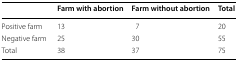
<table><thead><tr><td></td><td><b>Farm with abortion</b></td><td><b>Farm without abortion</b></td><td><b>Total</b></td></tr></thead><tbody><tr><td>Positive farm</td><td>13</td><td>7</td><td>20</td></tr><tr><td>Negative farm</td><td>25</td><td>30</td><td>55</td></tr><tr><td>Total</td><td>38</td><td>37</td><td>75</td></tr></tbody></table>